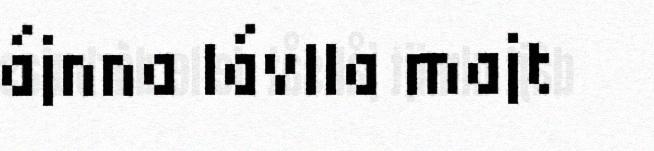
ájnna lávlla majt